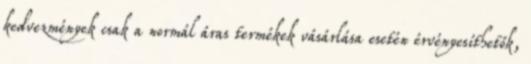
kedvezmények csak a normál áras termékek vásárlása esetén érvényesíthetők,